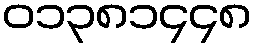
၀၁၃၈၁၄၄၈